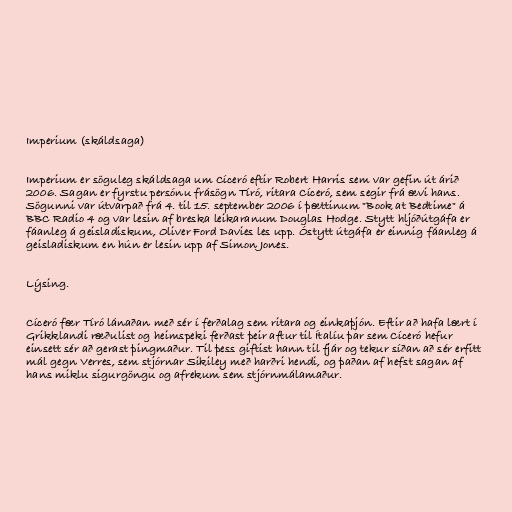
Imperium (skáldsaga)

Imperium er söguleg skáldsaga um Cíceró eftir Robert Harris sem var gefin út árið
2006. Sagan er fyrstu persónu frásögn Tíró, ritara Cíceró, sem segir frá ævi hans.
Sögunni var útvarpað frá 4. til 15. september 2006 í þættinum "Book at Bedtime" á
BBC Radio 4 og var lesin af breska leikaranum Douglas Hodge. Stytt hljóðútgáfa er
fáanleg á geisladiskum, Oliver Ford Davies les upp. Óstytt útgáfa er einnig fáanleg á
geisladiskum en hún er lesin upp af Simon Jones.

Lýsing.

Cíceró fær Tíró lánaðan með sér í ferðalag sem ritara og einkaþjón. Eftir að hafa lært í
Grikklandi ræðulist og heimspeki ferðast þeir aftur til Ítalíu þar sem Cíceró hefur
einsett sér að gerast þingmaður. Til þess giftist hann til fjár og tekur síðan að sér erfitt
mál gegn Verres, sem stjórnar Sikiley með harðri hendi, og þaðan af hefst sagan af
hans miklu sigurgöngu og afrekum sem stjórnmálamaður.